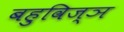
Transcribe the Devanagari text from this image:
बहुविज्ञ